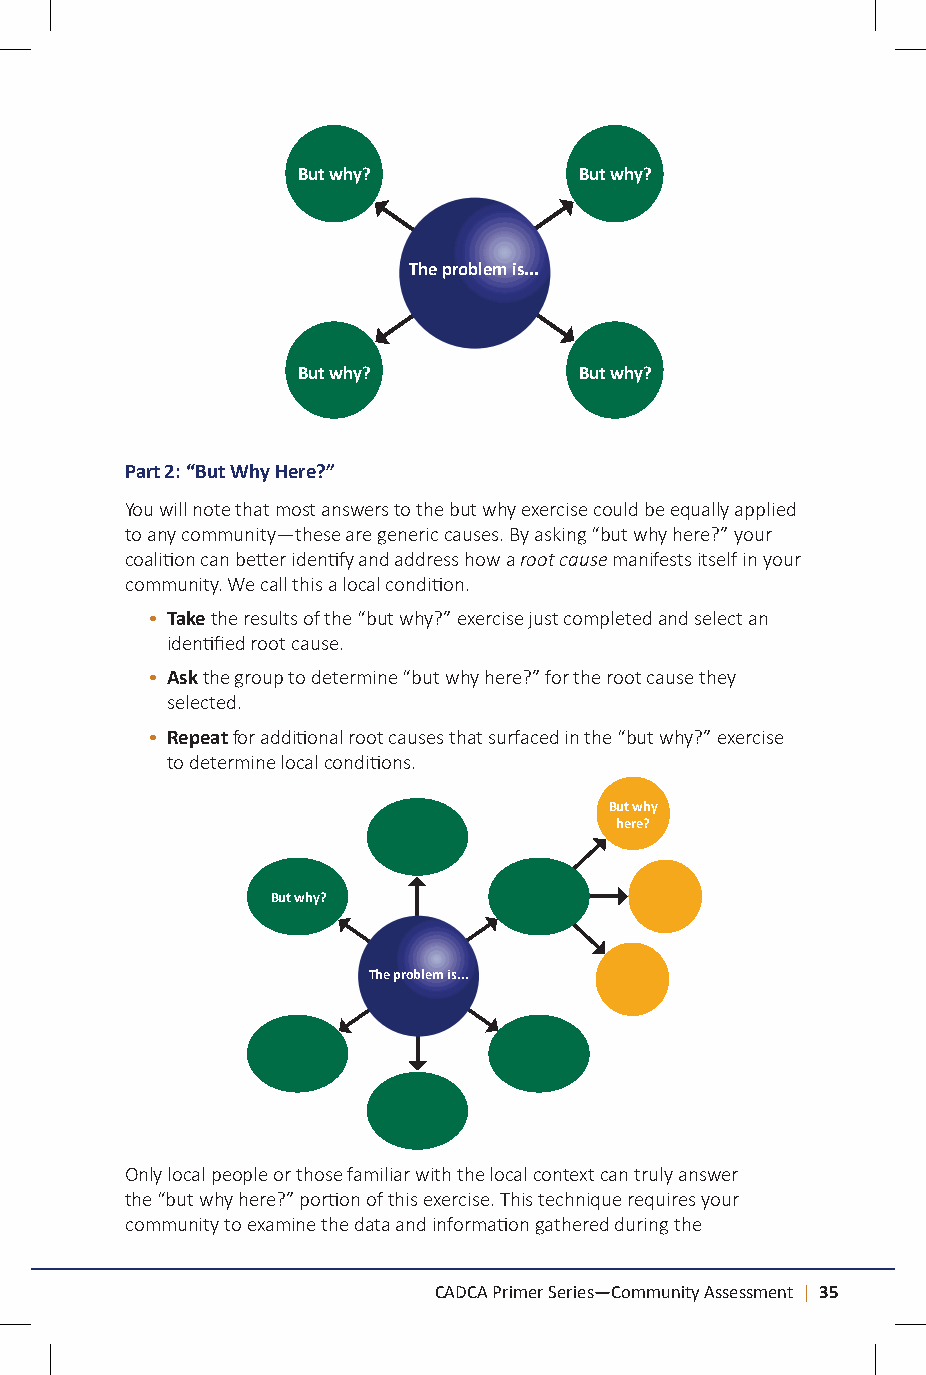
But why?          But why?
 The problem is...
 But why?          But why?
 Part 2: “But Why Here?”
 You will note that most answers to the but why exercise could be equally applied
 to any community—these are generic causes. By asking “but why here?” your
 coalition can better identify and address how a root cause manifests itself in your
 community. We call this a local condition.
 • Take the results of the “but why?” exercise just completed and select an
 identified root cause.
 • Ask the group to determine “but why here?” for the root cause they
 selected.
 • Repeat for additional root causes that surfaced in the “but why?” exercise
 to determine local conditions.
 But why
 here?
 But why?
 The problem is...
 Only local people or those familiar with the local context can truly answer
 the “but why here?” portion of this exercise. This technique requires your
 community to examine the data and information gathered during the
 CADCA Primer Series—Community Assessment | 35